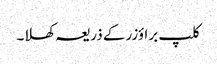
کلپ براؤزر کے ذریعہ کھلا۔